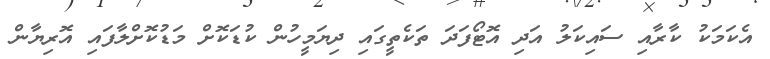
އެކަމަކު ކާރާއި ސައިކަލު އަދި އޮޓޯފަދަ ތަކެތީގައި ދިޔަމީހުން ކުޑަކޮށް މަޑުކޮށްލާފައި އޮރިޔާން